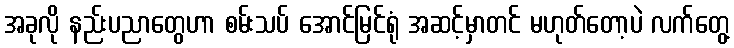
အခုလို နည်းပညာတွေဟာ စမ်းသပ် အောင်မြင်ရုံ အဆင့်မှာတင် မဟုတ်တော့ပဲ လက်တွေ့